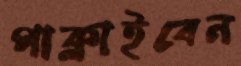
পাক্‌লাইবেন